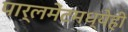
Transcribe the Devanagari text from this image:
पार्लमेंटमध्येही